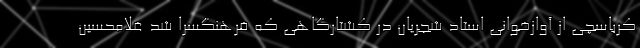
کرباسچی از آوازخوانی استاد شجریان در کشتارگاهی که فرهنگسرا شد غلامحسین